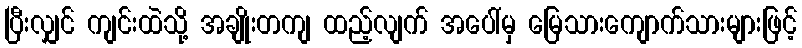
ပြီးလျှင် ကျင်းထဲသို့ အချိုးတကျ ထည့်လျက် အပေါ်မှ မြေသားကျောက်သားများဖြင့်